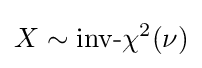
X\sim {\mbox{inv-}}\chi ^{2}(\nu )